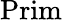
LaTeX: {\mathrm{Prim}}\,